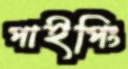
পাইপিং